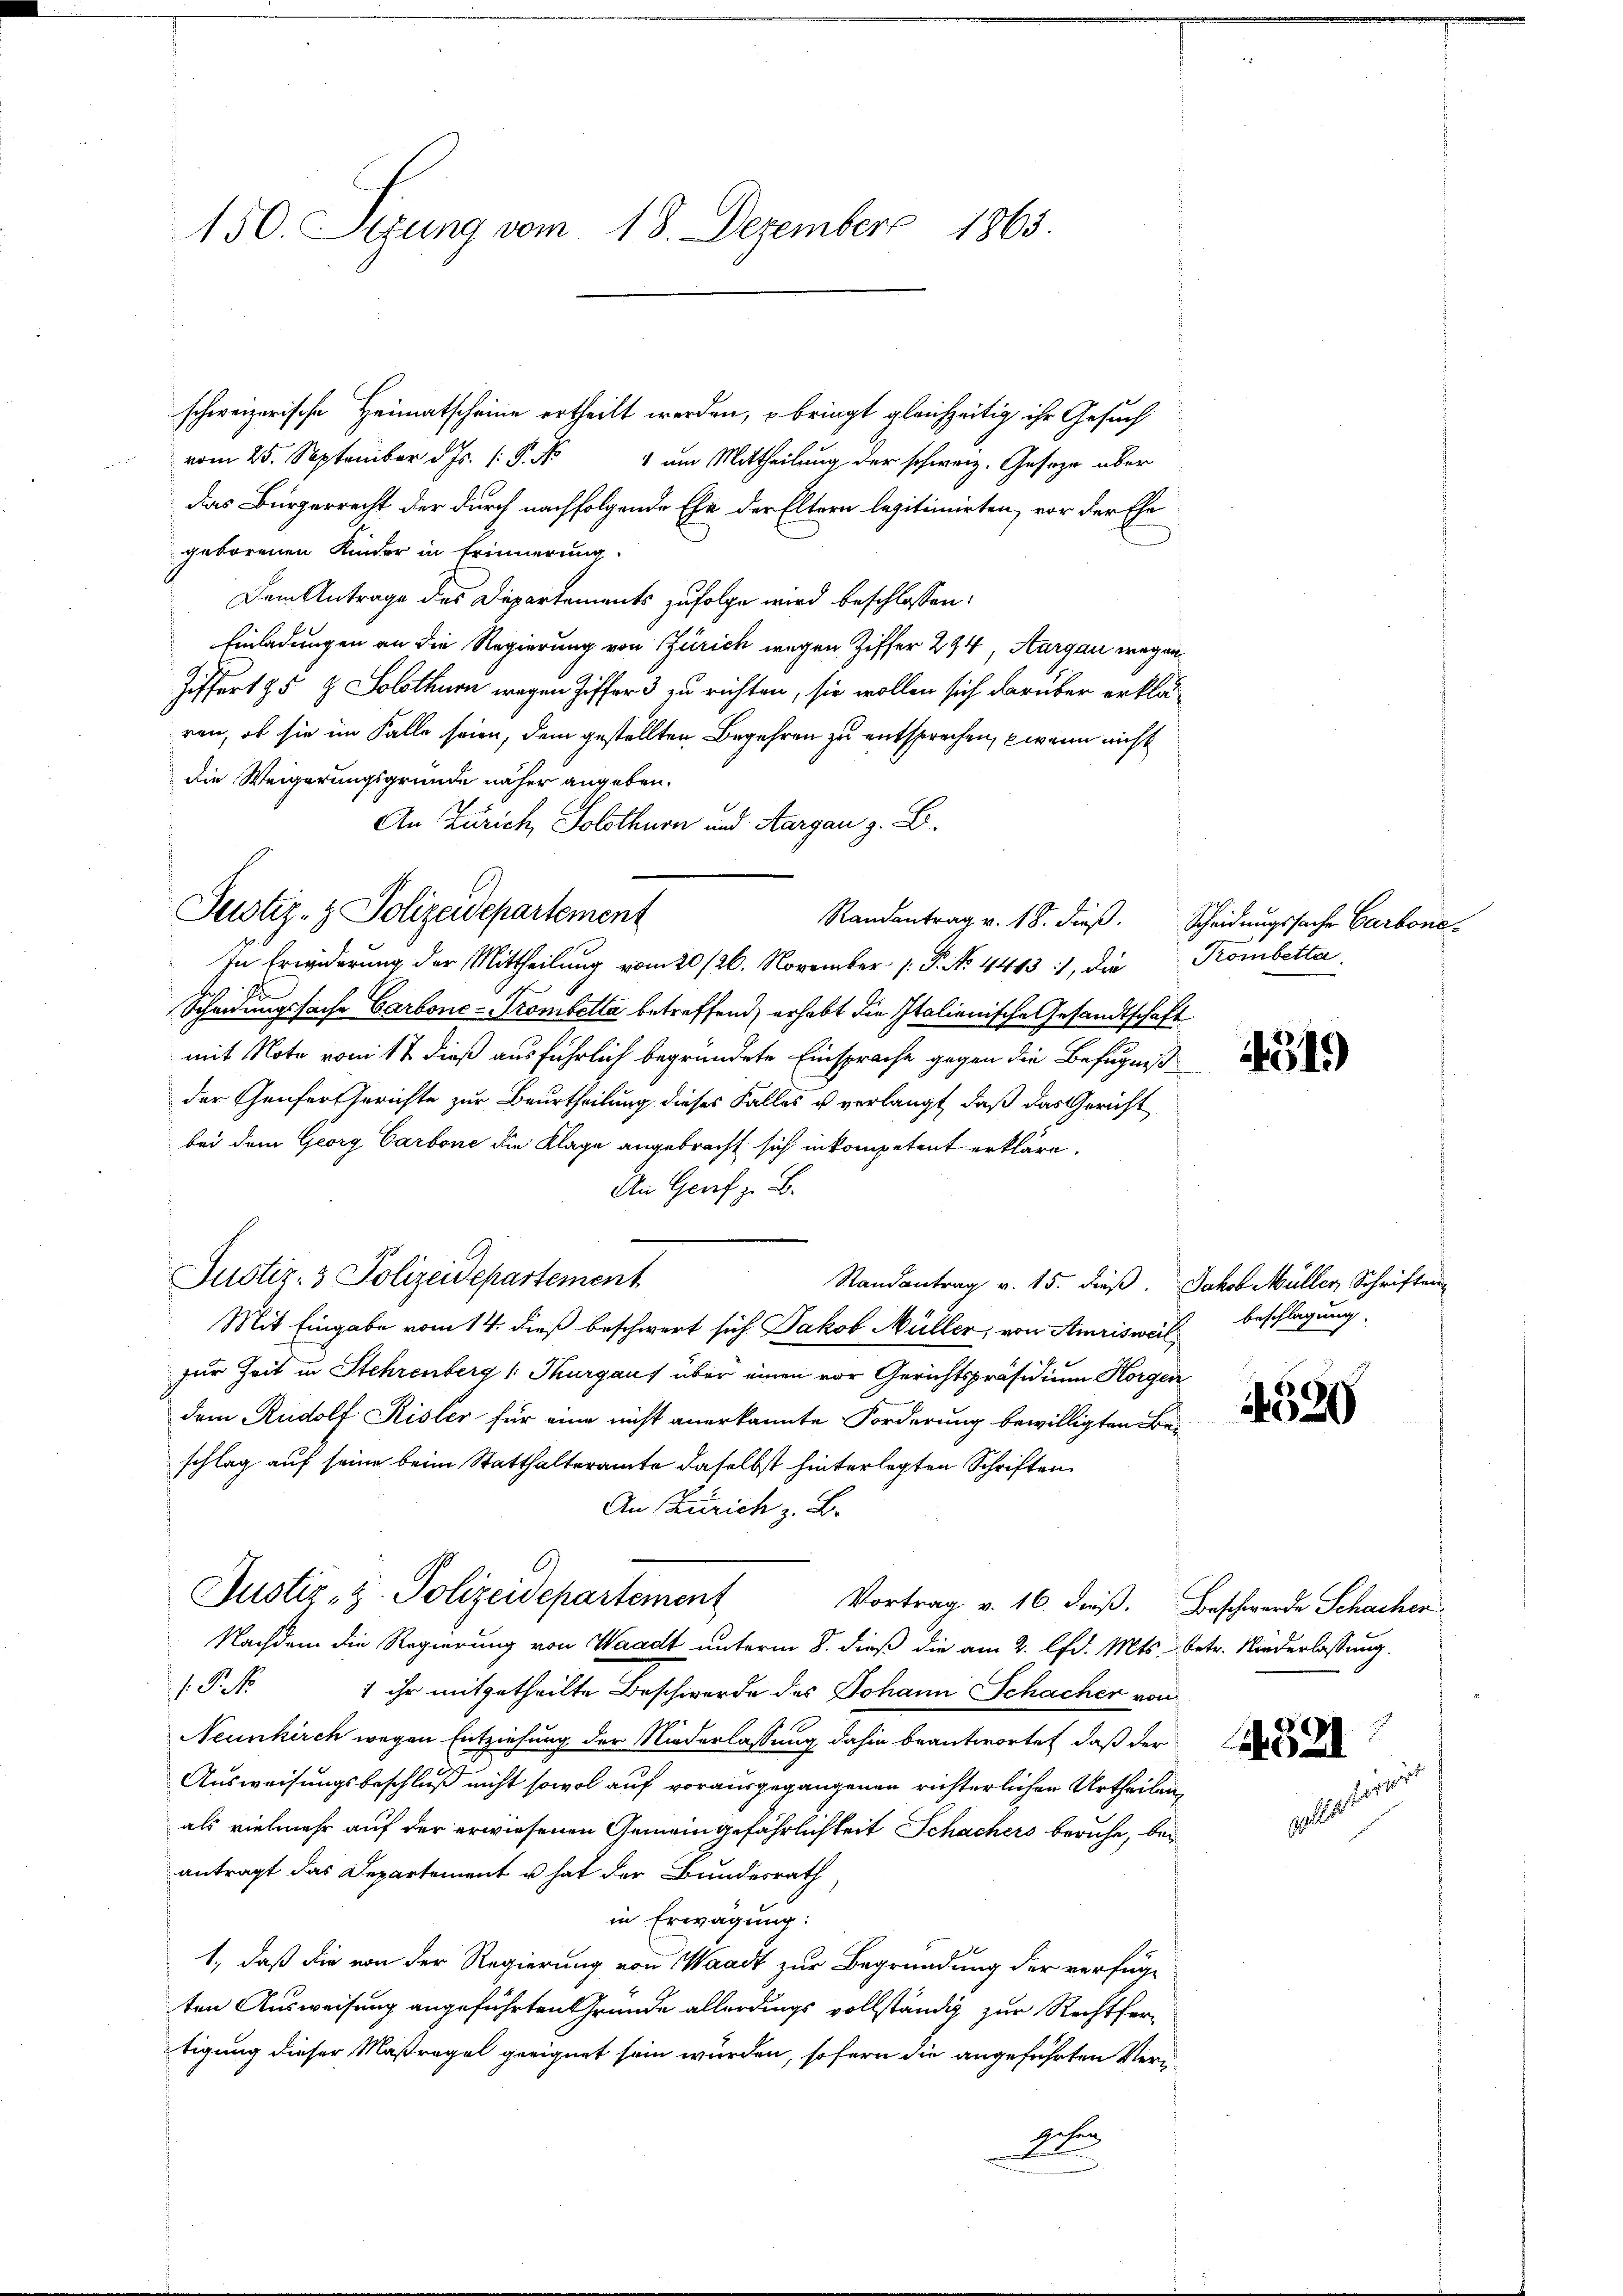
150. Serung vom 18. Dezember 1863.

schweizerische Heimatscheine ertheilt werden, o bringt gleichzeitig ihr Gesuch
vom 25. September d. Js. 1. d. M.
1 um Mittheilung der schweiz. Geseze über
das Bürgerrecht der durch nachfolgende Ehe der Eltern legitimirten, vor der Ehe
geborenen Kinder in Erinnerung
Dem Antrage des Departements zufolge wird beschlossen:
Einladungen an die Regierung von Zürich wegen Ziffer 294, Aargau wegen¬
Ziffert 95 & Solothurn wegen Ziffer 3 zu richten, sie wollen sich darüber erklä-
ren, ob sie im Falle seien, dem gestellten Begehren zu entsprechen, wann nicht
die Weigerungsgründe näher angeben.
An Zürich, Solothurn und Aargau z. B.
Justiz- & Polizeidepartement
In Erwiderung der Mittheilung vom 20 /26. November P. No. 44431, die Kombetta¬
Scheidungssache Carbone-Trombetta betreffend erhebt die Italienische Gesandtschaft
mit Note vom 12 dieß ausführlich begründete Einsprache gegen die Befugniß
der Genfer Gerichte zur Beurtheilung dieses Falles u verlangt, daß das Gericht
bei dem Georg Carbone die Klage angebracht sich in kompetent erkläre.
An Genf z. B.
Justiz- & Polizeidepartement
Randantrag v. 15. dieß. Jakob Müller, Schriften
Mit Eingabe vom 14. dieß beschwert sich Jakob Müller, von Amrisweil
zur Zeit in Stehrenberg (Thurgaus über einen vor Gerichtspräsidium Horgen
dem Rudolf Risler für eine nicht anerkannte Forderung bewilligten Bei
schlag auf seine beim Statthalteramte daselbst hinterlegten Schriften.
An Zürich z. B.
C.
Justiz- & Polizeidepartement
Vortrag v. 16. dieß. Beschwerde Schachen
Nachdem die Regierung von Waadt unterm 8. dieß die am 2. lfd. Mts. betr. Niederlassung.
1 No 1
1 ihr mitgetheilte Beschwerde des Johann Schacher von
Neunkirch wegen Entziehung der Niederlassung dahin beantwortet, daß der
Ausweisungsbeschluß nicht sowol auf vorausgegangenen richterlichen Urtheilen,
als vielmehr auf der erwiesenen Gemeingefährlichkeit Schachers beruhe, bei
antragt das Departement u. hat der Bundesrath
in Erwägung:
1., daß die von der Regierung von Waadt zur Begründung der verfüge
ten Ausweisung angeführten Grunde allerdings vollständig zur Rechtfer-
tigung dieser Maßregel geeignet sein würden, sofern die angeführten Ver¬
Diesen

Randantrag v. 18. dieß. Scheidungssache Carbone¬

4319

beschlagung.

4520

F
521

etari